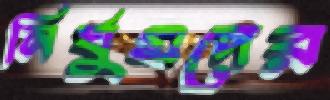
নির্ঘুমদের